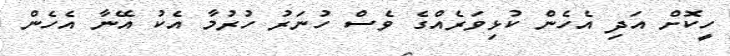
ހީކޮށް އަދި އެހެން ކުޅިވަރެއްގެ ވެސް ހުނަރު ހުރުމާ އެކު އޭނާ އެހެން